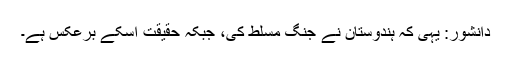
دانشور: یہی کہ ہندوستان نے جنگ مسلط کی، جبکہ حقیقت اسکے برعکس ہے۔